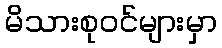
မိသားစုဝင်များမှာ